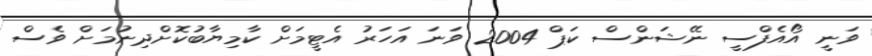
ވަނީ އޯއެފްސީ ނޭޝަންސް ކަޕް 2004 ވަނަ އަހަރު އެޓީމަށް ކާމިޔާބުކޮށްދިނުމަށް ވެސް